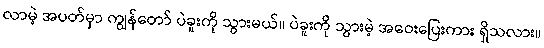
လာမဲ့ အပတ်မှာ ကျွန်တော် ပဲခူးကို သွားမယ်။ ပဲခူးကို သွားမဲ့ အဝေးပြေးကား ရှိသလား။